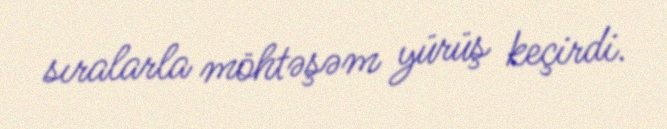
sıralarla möhtəşəm yürüş keçirdi.